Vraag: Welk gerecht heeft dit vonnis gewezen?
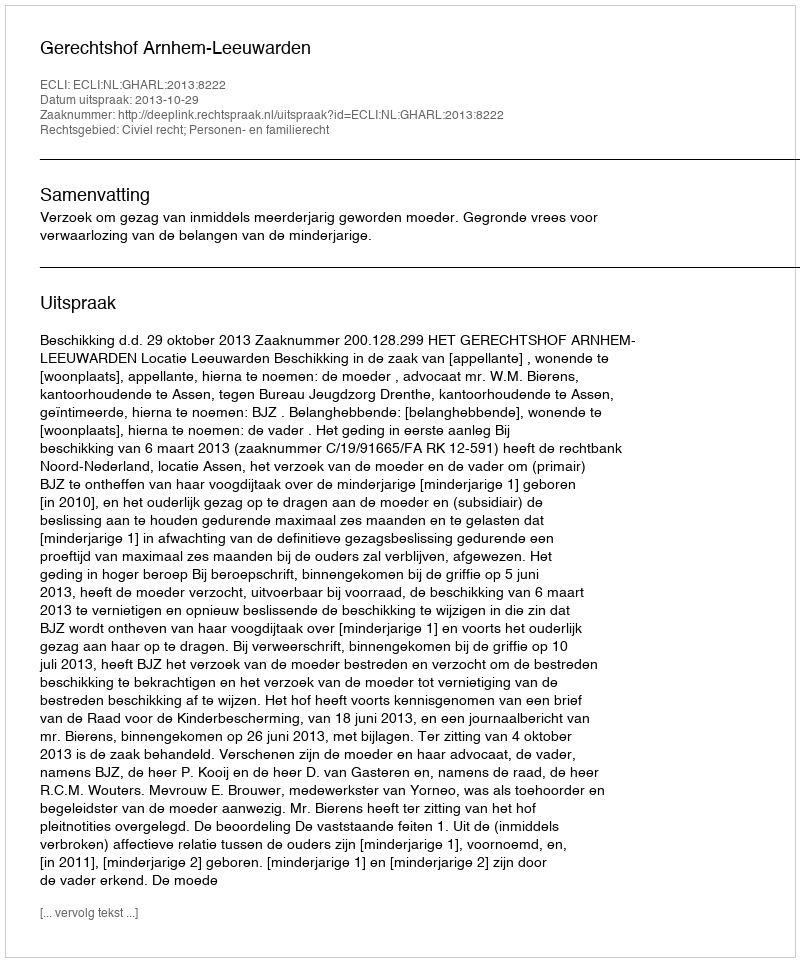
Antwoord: Gerechtshof Arnhem-Leeuwarden